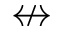
\nleftrightarrow